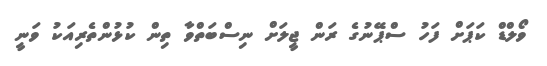
ވޯލްޑް ކަޕަށް ފަހު ސްޕޭނުގެ ރަން ޖީލަށް ނިސްބަތްވާ ތިން ކުޅުންތެރިއަކު ވަނީ